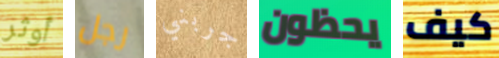
أوثر رجل جربني يحظون كيف